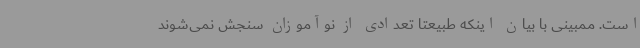
است. ممبینی با بیان اینکه طبیعتا تعدادی از نوآموزان سنجش نمی‌شوند